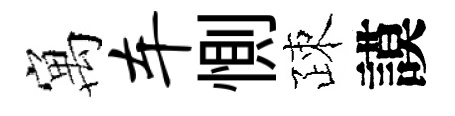
寓车惻疎謨